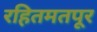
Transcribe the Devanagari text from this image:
रहितमतपूर